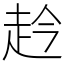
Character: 赺